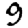
Digit: 9